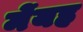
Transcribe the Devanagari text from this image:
मेंयह